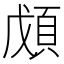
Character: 𩒃